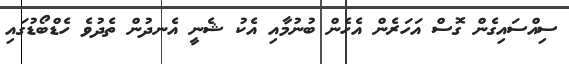
ސިއްސައިގެން ގޮސް އަހަރެން އެހެން ބުނުމާއި އެކު ޝެނީ އެނދުން ތެދުވެ ހެޑްބޯޑުގައި